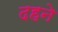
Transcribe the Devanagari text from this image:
दहने